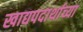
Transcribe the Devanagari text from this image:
खाद्यपदार्थाच्या